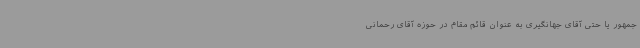
جمهور یا حتی آقای جهانگیری به عنوان قائم مقام در حوزه آقای رحمانی